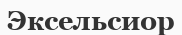
Эксельсиор